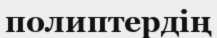
полиптердің